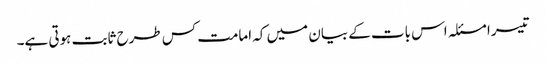
تیسرا مسئلہ اس بات کے بیان میں کہ امامت کس طرح ثابت ہوتی ہے۔